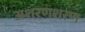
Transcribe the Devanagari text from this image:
अशरणशरण